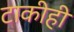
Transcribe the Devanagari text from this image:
टाकीही